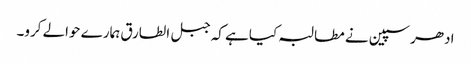
ادھر سپین نے مطالبہ کیا ہے کہ جبل الطارق ہمارے حوالے کرو۔